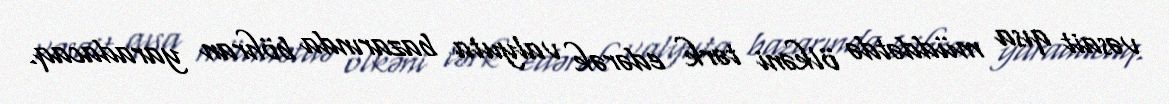
vəsait qısa müddətdə ölkəni tərk edərək valyuta bazarında böhran yaradacaq.